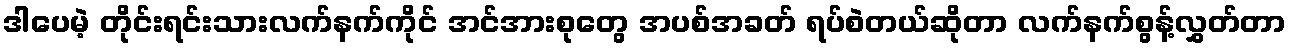
ဒါပေမဲ့ တိုင်းရင်းသားလက်နက်ကိုင် အင်အားစုတွေ အပစ်အခတ် ရပ်စဲတယ်ဆိုတာ လက်နက်စွန့်လွှတ်တာ